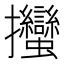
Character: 𢺳